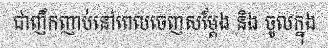
ជាញឹកញាប់នៅពេលចេញសម្តែង និង ចូលក្នុង